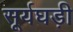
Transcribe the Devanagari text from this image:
सूर्यघड़ी